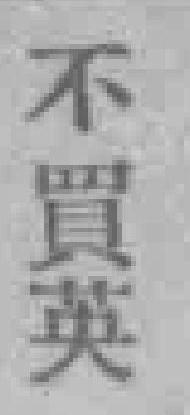
不買英